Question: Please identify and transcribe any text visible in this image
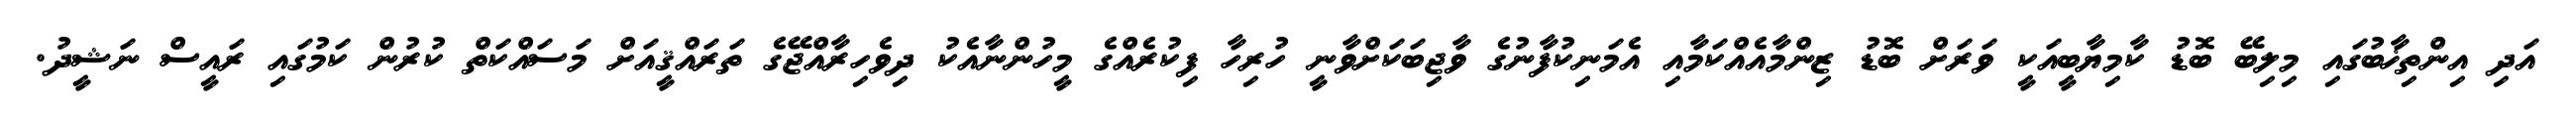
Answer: އަދި އިންތިޚާބުގައި މިލިބޭ ބޮޑު ކާމިޔާބީއަކީ ވަރަށް ބޮޑު ޒިންމާއެއްކަމާއި އެމަނިކުފާނުގެ ވާޖިބަކަށްވާނީ ހުރިހާ ފިކުރެއްގެ މީހުންނާއެކު ދިވެހިރާއްޖޭގެ ތަރައްޤީއަށް މަސައްކަތް ކުރުން ކަމުގައި ރައީސް ނަޝީދު.